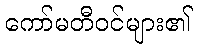
ကော်မတီဝင်များ၏